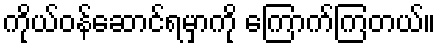
ကိုယ်ဝန်ဆောင်ရမှာကို ကြောက်ကြတယ်။